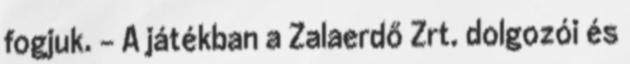
fogjuk. - A játékban a Zalaerdő Zrt. dolgozói és